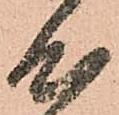
心